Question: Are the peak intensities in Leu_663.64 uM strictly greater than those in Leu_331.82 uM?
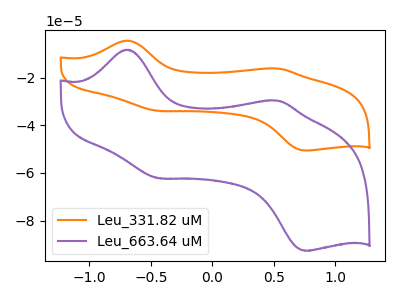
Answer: <think>The orange curve "Leu_331.82 uM" has anodic peaks at (-0.70V, -4.55uA) (0.55V, -16.20uA) and cathodic peaks at (-0.45V, -33.95uA) (0.75V, -50.60uA). The purple curve "Leu_663.64 uM" has anodic peaks at (-0.70V, -8.30uA) (0.55V, -29.65uA) and cathodic peaks at (-0.45V, -62.20uA) (0.75V, -92.65uA).</think>
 <answer>The peaks in "Leu_663.64 uM" are neither all higher or all lower than the peaks in "Leu_331.82 uM".</answer>
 <eval>mixed</eval>